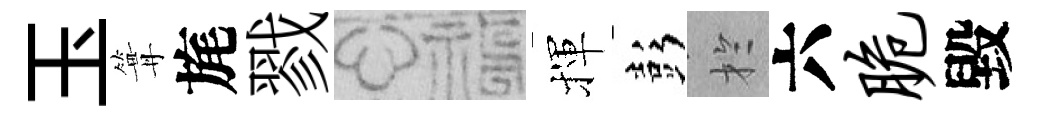
玉篝旄戮福揮彭扵六脆毀